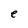
Character: e